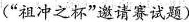
(”祖冲之杯”邀请赛试题)